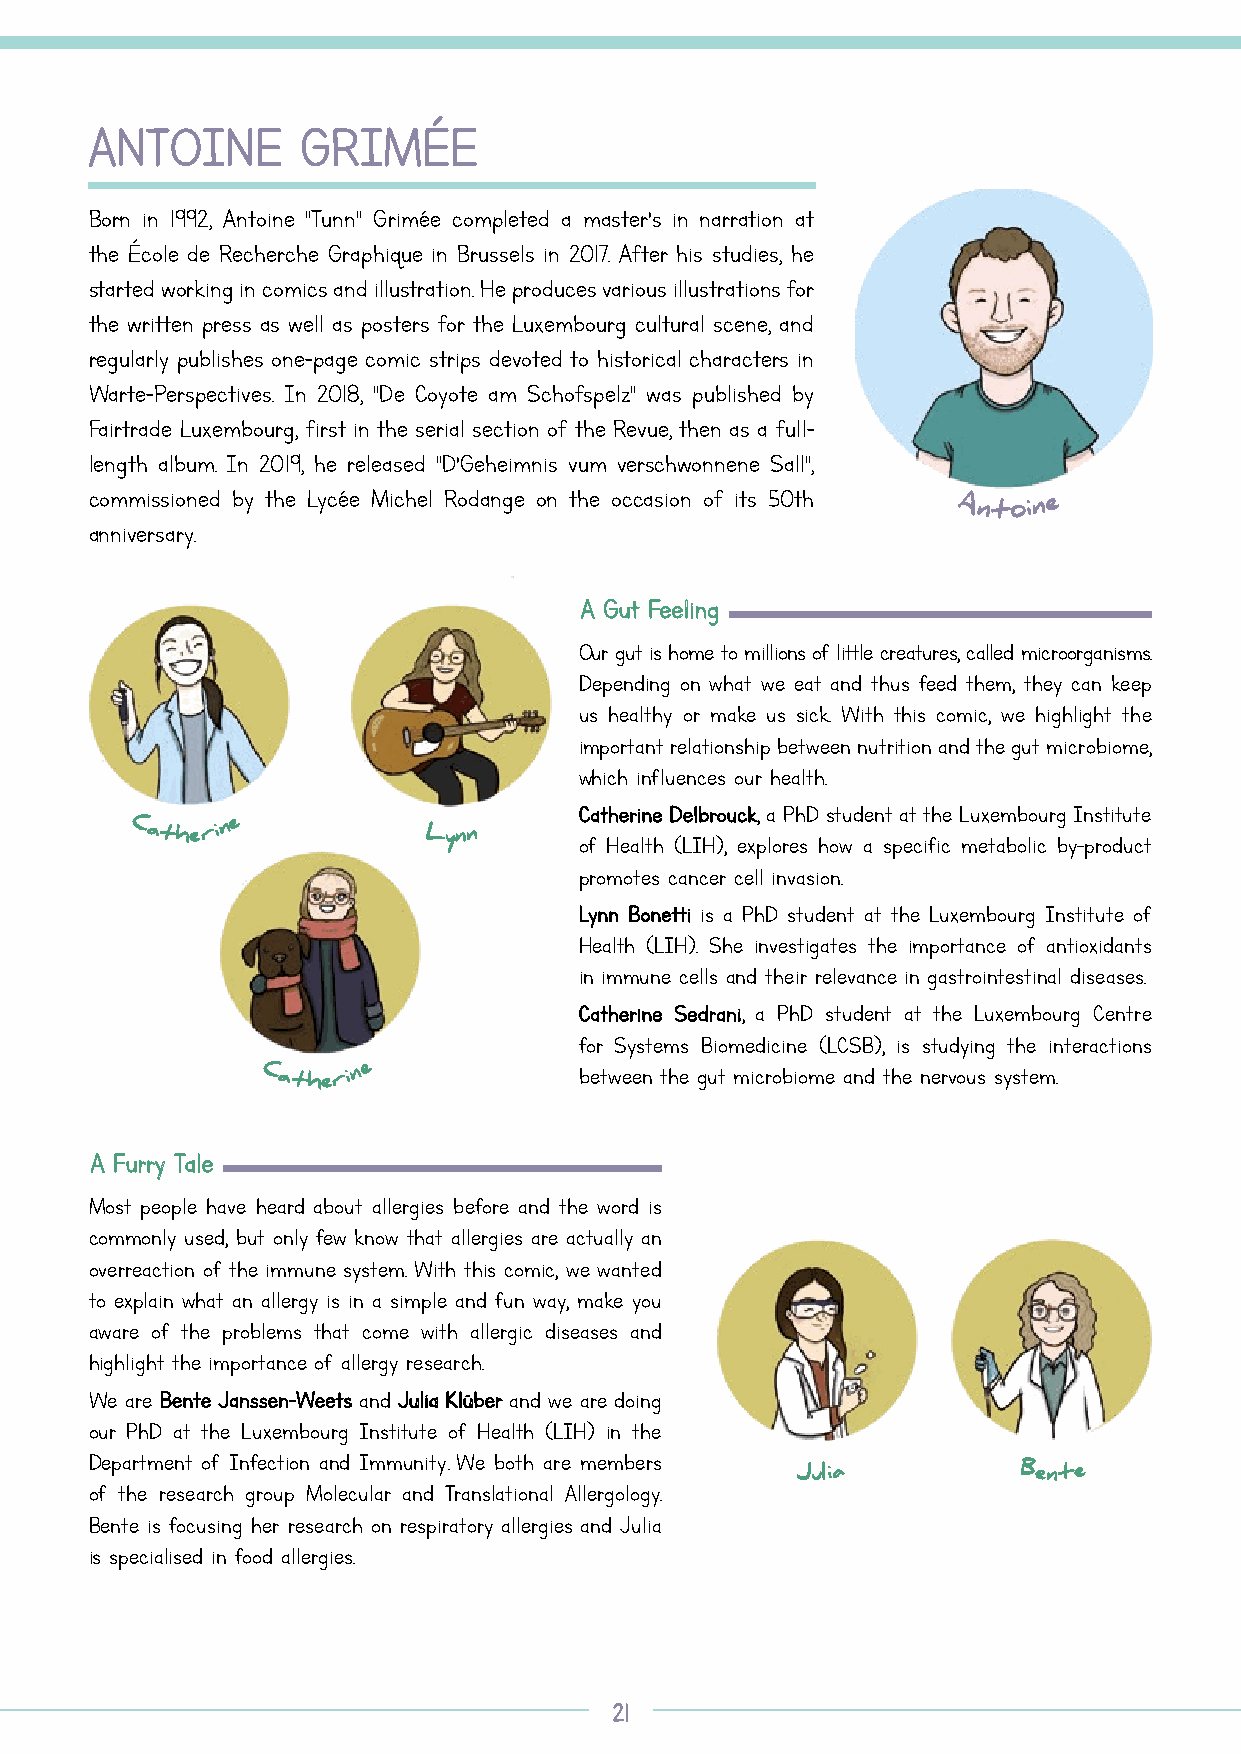
AANNTTOOIINNEE GGRRIIMMÉÉEE
 Born in 1992, Antoine "Tunn" Grimée completed a master’s in narration at
 the École de Recherche Graphique in Brussels in 2017. After his studies, he
 started working in comics and illustration. He produces various illustrations for
 the written press as well as posters for the Luxembourg cultural scene, and
 regularly publishes one-page comic strips devoted to historical characters in
 Warte-Perspectives. In 2018, "De Coyote am Schofspelz" was published by
 Fairtrade Luxembourg, first in the serial section of the Revue, then as a full-
 length album. In 2019, he released "D’Geheimnis vum verschwonnene Sall",
 commissioned by the Lycée Michel Rodange on the occasion of its 50th
 Antoin e
 anniversary.
 AA GGuutt FFeeeelliinngg
 Our gut is home to millions of little creatures, called microorganisms.
 Depending on what we eat and thus feed them, they can keep
 us healthy or make us sick. With this comic, we highlight the
 important relationship between nutrition and the gut microbiome,
 which influences our health.
 CCaatthheerriinnee DDeellbbrroouucckk, a PhD student at the Luxembourg Institute
 Catherin e
 Lynn      of Health (LIH), explores how a specific metabolic by-product
 promotes cancer cell invasion.
 LLyynnnn BBoonneettttii is a PhD student at the Luxembourg Institute of
 Health (LIH). She investigates the importance of antioxidants
 in immune cells and their relevance in gastrointestinal diseases.
 CCaatthheerriinnee SSeeddrraannii, a PhD student at the Luxembourg Centre
 for Systems Biomedicine (LCSB), is studying the interactions
 Catherin e           between the gut microbiome and the nervous system.
 AA FFuurrrryy TTaallee
 Most people have heard about allergies before and the word is
 commonly used, but only few know that allergies are actually an
 overreaction of the immune system. With this comic, we wanted
 to explain what an allergy is in a simple and fun way, make you
 aware of the problems that come with allergic diseases and
 highlight the importance of allergy research.
 We are BBeennttee JJaannsssseenn--WWeeeettss and JJuulliiaa KKllüübbeerr and we are doing
 our PhD at the Luxembourg Institute of Health (LIH) in the
 Department of Infection and Immunity. We both are members
 Julia         Bente
 of the research group Molecular and Translational Allergology.
 Bente is focusing her research on respiratory allergies and Julia
 is specialised in food allergies.
 2211